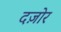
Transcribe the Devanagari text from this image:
दज़ोर